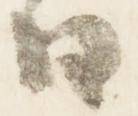
日